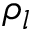
\rho _ { l }